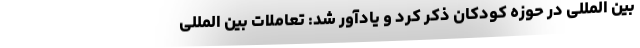
بین المللی در حوزه کودکان ذکر کرد و یادآور شد: تعاملات بین المللی